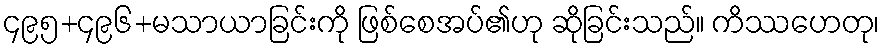
၄၉၅+၄၉၆+မသာယာခြင်းကို ဖြစ်စေအပ်၏ဟု ဆိုခြင်းသည်။ ကိဿဟေတု၊